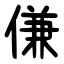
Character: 傔